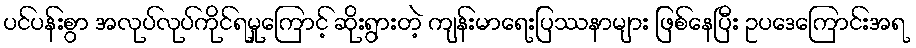
ပင်ပန်းစွာ အလုပ်လုပ်ကိုင်ရမှုကြောင့် ဆိုးရွားတဲ့ ကျန်းမာရေးပြဿနာများ ဖြစ်နေပြီး ဥပဒေကြောင်းအရ